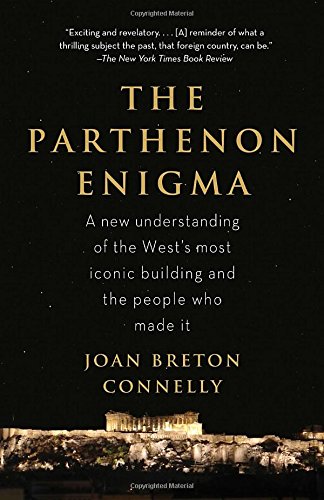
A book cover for The Parthenon Enigma: a New Understanding of the West's Most Iconic Building and the People Who Made It.; Joan Breton Connelly; Arts & Photography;